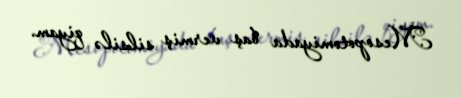
Mesopotomiyada baş vermiş silsilə qiyam.